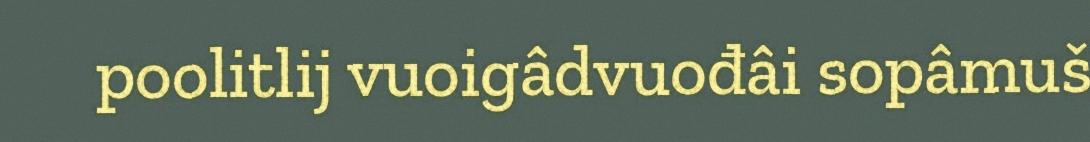
poolitlij vuoigâdvuođâi sopâmuš